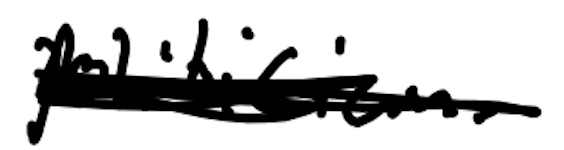
Text: politician.
Cross-out: scratch
Writing tool: digital_black